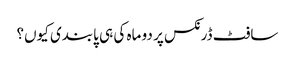
سافٹ ڈرنکس پر دو ماہ کی ہی پابندی کیوں؟